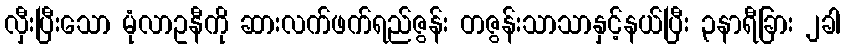
လှီးပြီးသော မုံလာဥနီကို ဆားလက်ဖက်ရည်ဇွန်း တဇွန်းသာသာနှင့်နယ်ပြီး ၃နာရီခြား ၂ခါ